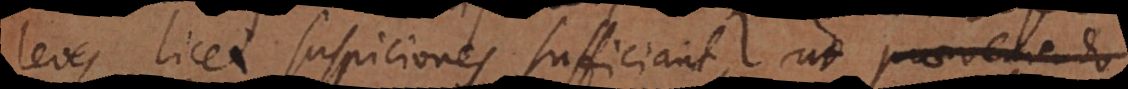
leves licet suspiciones sufficiant, ut praeveniendo